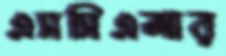
এসসিএআর